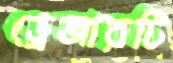
ড্রেজারটি